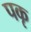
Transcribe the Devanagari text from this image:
पकृ